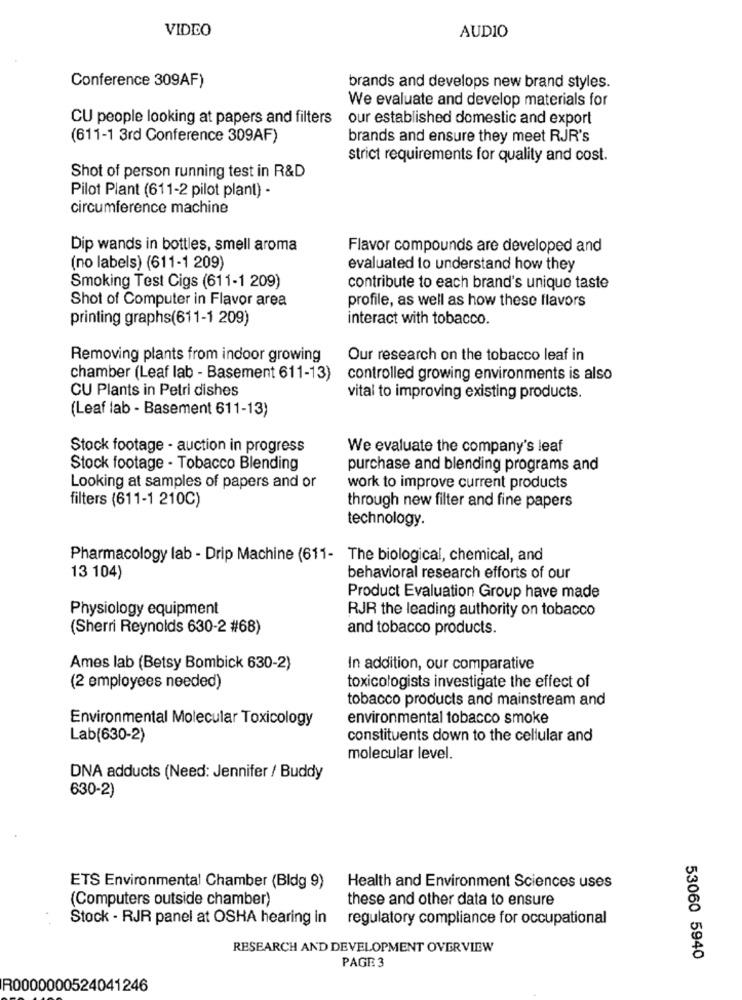
VIDEO
AUDIO
Conference 309AF)
brands and develops new brand styles.
We evaluate and develop materials for
CU people looking at papers and filters
our established domestic and export
(611-1 3rd Conference 309AF)
brands and ensure they meet RJR's
strict requirements for quality and cost.
Shot of person running test in R&D
Pilot Plant (611-2 pilot plant) -
circumference machine
Dip wands in bottles, smell aroma
Flavor compounds are developed and
(no labels) (611-1 209)
evaluated to understand how they
Smoking Test Cigs (611-1 209)
contribute to each brand's unique taste
Shot of Computer in Flavor area
profile, as well as how these flavors
printing graphs(611-1 209)
interact with tobacco.
Removing plants from indoor growing
Our research on the tobacco leaf in
chamber (Leaf lab - Basement 611-13)
controlled growing environments is also
CU Plants in Petri dishes
vital to improving existing products.
(Leaf lab - Basement 611-13)
Stock footage - auction in progress
We evaluate the company's leaf
Stock footage - Tobacco Blending
purchase and blending programs and
Looking at samples of papers and or
work to improve current products
filters (611-1 210C)
through new filter and fine papers
technology.
Pharmacology lab - Drip Machine (611- The biological, chemical, and
13 104)
behavioral research efforts of our
Product Evaluation Group have made
Physiology equipment
RJR the leading authority on tobacco
(Sherri Reynolds 630-2 #68)
and tobacco products.
Ames lab (Betsy Bombick 630-2)
In addition, our comparative
(2 employees needed)
toxicologists investigate the effect of
tobacco products and mainstream and
Environmental Molecular Toxicology
environmental tobacco smoke
Lab(630-2)
constituents down to the cellular and
molecular level.
DNA adducts (Need: Jennifer / Buddy
630-2)
ETS Environmental Chamber (Bldg 9)
Health and Environment Sciences uses
(Computers outside chamber)
these and other data to ensure
Stock - RJR panel at OSHA hearing in
regulatory compliance for occupational
RESEARCH AND DEVELOPMENT OVERVIEW
53060 5940
PAGE 3
R0000000524041246